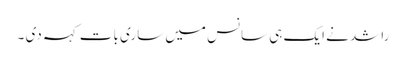
راشد نے ایک ہی سانس میں ساری بات کہہ دی ۔